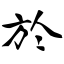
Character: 於